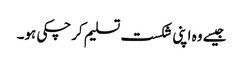
جیسے وہ اپنی شکست تسلیم کرچکی ہو۔